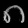
Digit: ၈